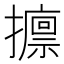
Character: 𱡀